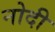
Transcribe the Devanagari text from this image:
नोदी